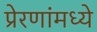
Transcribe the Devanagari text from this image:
प्रेरणांमध्ये